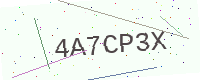
Text: 4A7CP3X